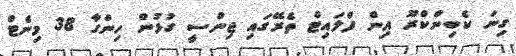
ގިނަ ކެބިންކްރޫ އިން ފްލައިޓް ތެރޭގައި ޖިންސީ ގުޅުން ހިންގާ 38 މިނެޓް